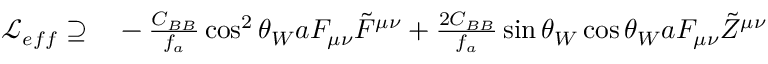
\begin{array} { r l } { \mathcal { L } _ { e f f } \supseteq } & { { } - \frac { C _ { B B } } { f _ { a } } \cos ^ { 2 } \theta _ { W } a F _ { \mu \nu } \tilde { F } ^ { \mu \nu } + \frac { 2 C _ { B B } } { f _ { a } } \sin \theta _ { W } \cos \theta _ { W } a F _ { \mu \nu } \tilde { Z } ^ { \mu \nu } } \end{array}